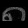
Digit: ၈